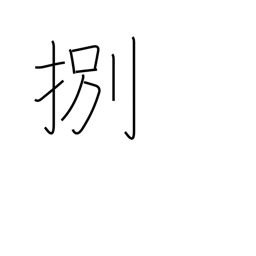
Meaning: be in demand